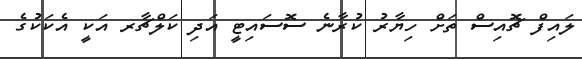
ލައިފް ޗޮއިސް ތަަށް ހިޔާރު ކުރާނެ ސޮސަައިޓީ އަދި ކަލްޗާރ އަކީ އެކަކުގެ